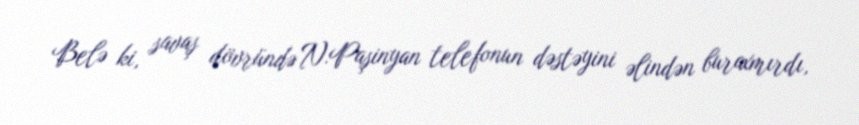
Belə ki, savaş dövründə N.Paşinyan telefonun dəstəyini əlindən buraxmırdı,